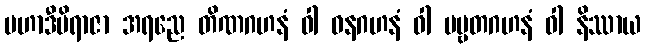
မဟာဒီပိရာဇာ အရညေ တိဏဂဟနံ ဝါ ဝနဂဟနံ ဝါ ပဗ္ဗတဂဟနံ ဝါ နိဿာယ